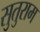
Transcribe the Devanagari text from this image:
सुतुराम